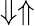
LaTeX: \Downarrow\Uparrow